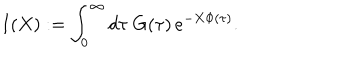
I ( X ) : = \int _ { 0 } ^ { \infty } d \tau \; G ( \tau ) \, e ^ { - X \Phi ( \tau ) } .